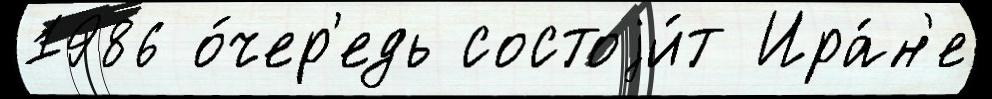
1986 о́чер'едь состоjи́т Ира́н'е